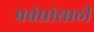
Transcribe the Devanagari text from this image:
प्रबंधांसाठी